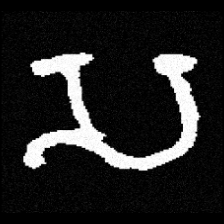
Pyu character \u2014 Myanmar letter: သ (romanized: sa)